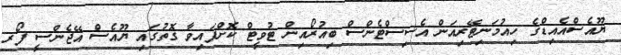
ޔޫއެސްއެއިޑްގެ ހިއުމަނިޓޭރިއަން އެސިސްޓެންސް ބިއުރޯއިން ޓުވީޓް ކޮށްފައިވާ ގޮތުގައި ޔޫއެސް އޭޖެންސީ ފޯރ